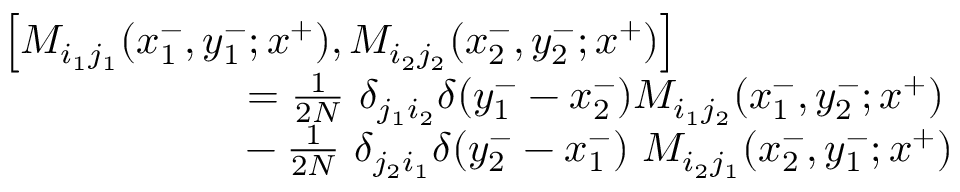
\begin{array} { l } { { \left[ M _ { i _ { 1 } j _ { 1 } } ( x _ { 1 } ^ { - } , y _ { 1 } ^ { - } ; x ^ { + } ) , M _ { i _ { 2 } j _ { 2 } } ( x _ { 2 } ^ { - } , y _ { 2 } ^ { - } ; x ^ { + } ) \right] } } \\ { { { } ~ ~ ~ ~ ~ ~ ~ ~ ~ ~ ~ ~ ~ ~ ~ ~ ~ = { \frac { 1 } { 2 N } } ~ \delta _ { j _ { 1 } i _ { 2 } } \delta ( y _ { 1 } ^ { - } - x _ { 2 } ^ { - } ) M _ { i _ { 1 } j _ { 2 } } ( x _ { 1 } ^ { - } , y _ { 2 } ^ { - } ; x ^ { + } ) } } \\ { { { } ~ ~ ~ ~ ~ ~ ~ ~ ~ ~ ~ ~ ~ ~ ~ ~ ~ - { \frac { 1 } { 2 N } } ~ \delta _ { j _ { 2 } i _ { 1 } } \delta ( y _ { 2 } ^ { - } - x _ { 1 } ^ { - } ) ~ M _ { i _ { 2 } j _ { 1 } } ( x _ { 2 } ^ { - } , y _ { 1 } ^ { - } ; x ^ { + } ) } } \end{array}